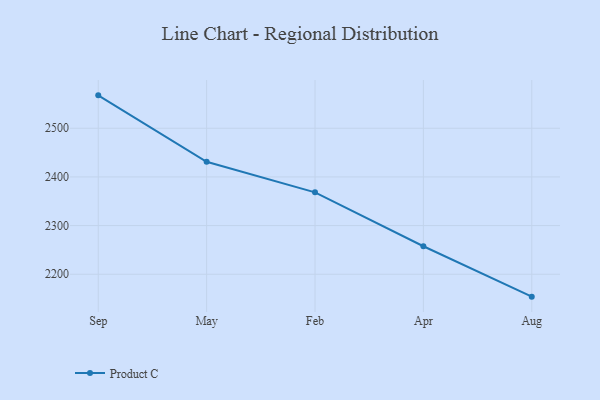
{"axis": {"x": "Month", "y": "Conversion Rate (%)"}, "legend": ["Product C"], "data": [{"x": "Sep", "y": 2567.6, "type": "Product C"}, {"x": "May", "y": 2431.1, "type": "Product C"}, {"x": "Feb", "y": 2368.3, "type": "Product C"}, {"x": "Apr", "y": 2257.6, "type": "Product C"}, {"x": "Aug", "y": 2154.0, "type": "Product C"}]}